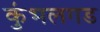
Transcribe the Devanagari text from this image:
कुंभलगड